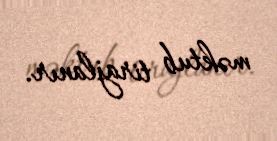
məktub tirajlanır.